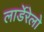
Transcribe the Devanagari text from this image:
लार्डेरेलो